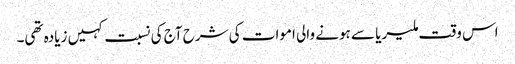
اس وقت ملیریا سے ہونے والی اموات کی شرح آج کی نسبت کہیں زیادہ تھی۔